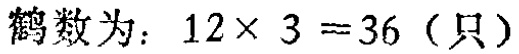
鹤数为：\(12\times 3 = 36\)（只）